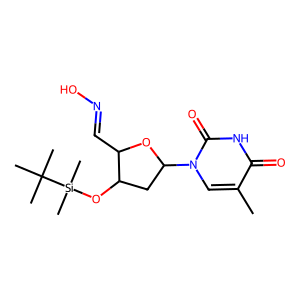
SMILES: Cc1cn(C2CC(O[Si](C)(C)C(C)(C)C)C(C=NO)O2)c(=O)[nH]c1=O
Inhibits HIV replication: No